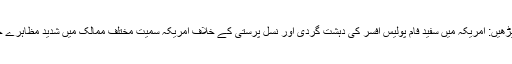
مزید پڑھیں: امریکہ میں سفید فام پولیس افسر کی دہشت گردی اور نسل پرستی کے خلاف امریکہ سمیت مختلف ممالک میں شدید مظاہرے جاری۔